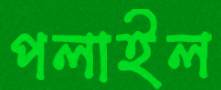
পলাইল